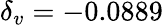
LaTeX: \delta_{v}=-0.0889